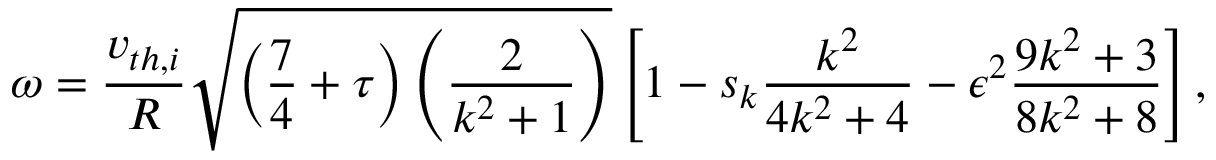
\omega = \frac { v _ { t h , i } } { R } \sqrt { \left( \frac { 7 } { 4 } + \tau \right) \left( \frac { 2 } { k ^ { 2 } + 1 } \right) } \left[ 1 - s _ { k } \frac { k ^ { 2 } } { 4 k ^ { 2 } + 4 } - \epsilon ^ { 2 } \frac { 9 k ^ { 2 } + 3 } { 8 k ^ { 2 } + 8 } \right] ,